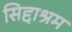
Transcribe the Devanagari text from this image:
सिद्दाश्रम